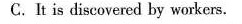
c. It is discovered by workers .